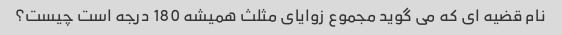
نام قضیه ای که می گوید مجموع زوایای مثلث همیشه 180 درجه است چیست؟